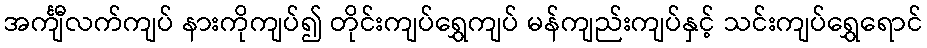
အင်္ကျီလက်ကျပ် နားကိုကျပ်၍ တိုင်းကျပ်ရွှေကျပ် မန်ကျည်းကျပ်နှင့် သင်းကျပ်ရွှေရောင်